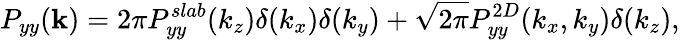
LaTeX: P_{yy}(\mathbf{k})=2\pi P_{yy}^{slab}(k_{z})\delta(k_{x})\delta(k_{y})+\sqrt{2\pi}P_{yy}^{2D}(k_{x},k_{y})\delta(k_{z}),